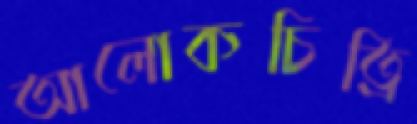
আলোকচিত্রি